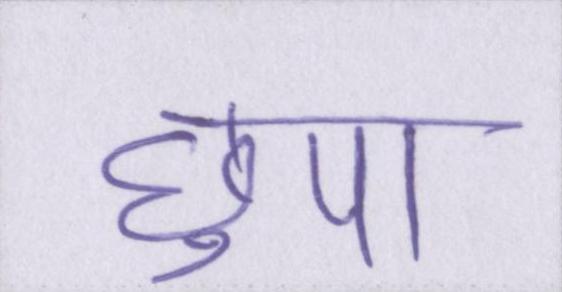
छुपा